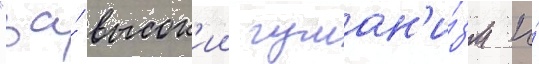
"за́ высок'ии гуман'и́зм и́